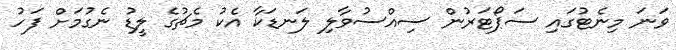
ވަނަ މިނެޓުގައި ސަޕޯޓަރުން ސިއްސުވާލި ލަނޑަކާ އެކު މެޗުގެ ލީޑު ނެގުމަށް ފަހު